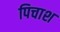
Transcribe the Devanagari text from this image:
पिचाश